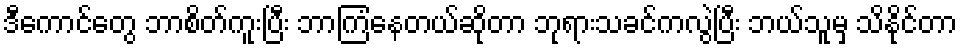
ဒီကောင်တွေ ဘာစိတ်ကူးပြီး ဘာကြံနေတယ်ဆိုတာ ဘုရားသခင်ကလွဲပြီး ဘယ်သူမှ သိနိုင်တာ